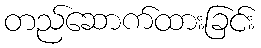
တည်ဆောက်ထားခြင်း